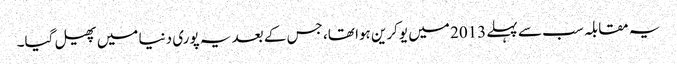
یہ مقابلہ سب سے پہلے 2013 میں یوکرین ہوا تھا، جس کے بعد یہ پوری دنیا میں پھیل گیا۔